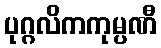
ပုဂ္ဂလိကကုမ္ပဏီ